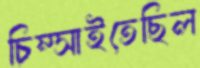
চিম্‌সাইতেছিল